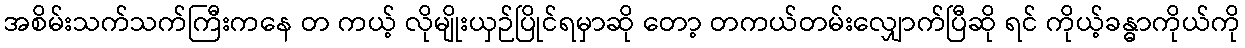
အစိမ်းသက်သက်ကြီးကနေ တ ကယ့် လိုမျိုးယှဉ်ပြိုင်ရမှာဆို တော့ တကယ်တမ်းလျှောက်ပြီဆို ရင် ကိုယ့်ခန္ဓာကိုယ်ကို